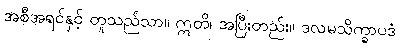
အစီအရင်နှင့် တူသည်သာ။ ဣတိ၊ အပြီးတည်း။ ဒလမသိက္ခာပဒံ